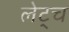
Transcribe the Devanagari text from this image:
लेट्च